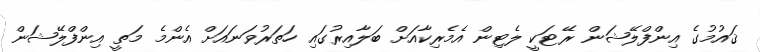
ޤައުމުގެ އިންފްލޭޝަން ރޭޓަކީ ލެޓިން އެމެރިކާއަށް ބަލާއިރުގައި ހަތަރުވަނައަށް އެންމެ މަތީ އިންފްލޭޝަން